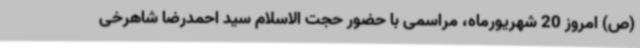
(ص) امروز 20 شهریورماه، مراسمی با حضور حجت الاسلام سید احمدرضا شاهرخی